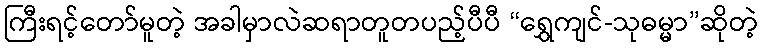
ကြီးရင့်တော်မူတဲ့ အခါမှာလဲဆရာတူတပည့်ပီပီ “ရွှေကျင်-သုဓမ္မာ”ဆိုတဲ့